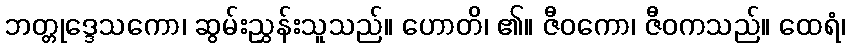
ဘတ္တုဒ္ဒေသကော၊ ဆွမ်းညွှန်းသူသည်။ ဟောတိ၊ ၏။ ဇီဝကော၊ ဇီဝကသည်။ ထေရံ၊